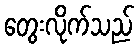
တွေးလိုက်သည်